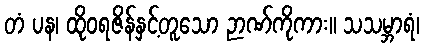
တံ ပန၊ ထိုဝရဇိန်နှင့်တူသော ဉာဏ်ကိုကား။ သသမ္ဘာရံ၊